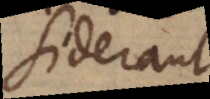
siderant